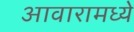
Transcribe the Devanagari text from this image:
आवारामध्ये